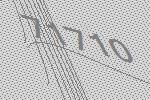
71710